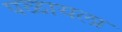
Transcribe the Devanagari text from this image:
पळायला